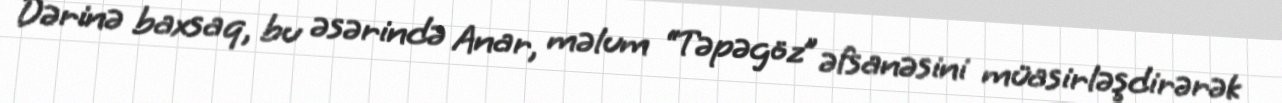
Dərinə baxsaq, bu əsərində Anar, məlum “Təpəgöz” əfsanəsini müasirləşdirərək